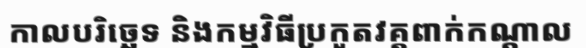
កាលបរិច្ឆេទ និងកម្មវិធីប្រកួតវគ្គពាក់កណ្តាល